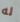
له